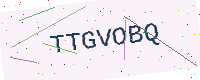
Text: TTGVOBQ